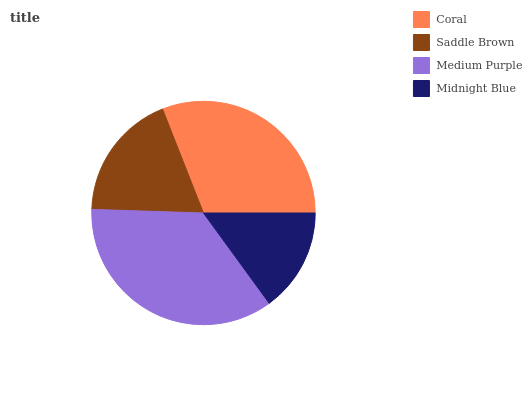
| Coral | Saddle Brown | Medium Purple | Midnight Blue |
 | --- | --- | --- | --- |
 | 31% | 18.5% | 35.5% | 15% |